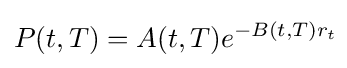
P(t,T)=A(t,T)e^{-B(t,T)r_{t}}\!